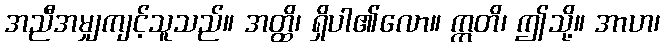
အညီအမျှကျင့်သူသည်။ အတ္ထိ၊ ရှိပါ၏လော။ ဣတိ၊ ဤသို့။ အာဟ၊